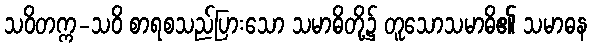
သဝိတက္က-သဝိ စာရစသည်ပြားသော သမာဓိတို့၌ တူသောသမာဓိ၏ သမာဓန